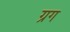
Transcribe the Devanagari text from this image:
ग्रग